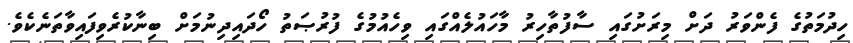
ހިދުމަތުގެ ފެންވަރު ދަށް މިރަށުގައި ސާފުތާހިރު މާހައުލެއްގައި ވިހެއުމުގެ ފުރުޞަތު ހޯދައިދިނުމަށް ބިނާކުރެވިފައިވާތަނެކެވެ.